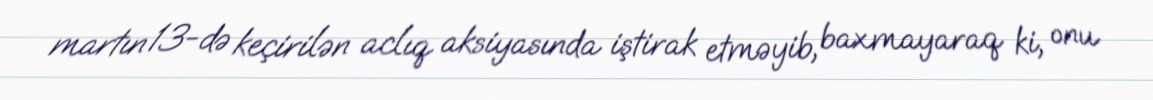
martın 13-də keçirilən aclıq aksiyasında iştirak etməyib, baxmayaraq ki, onu